Vaccine operations Central Provinces 1868-1885 - 1868-1885
Year: 1868
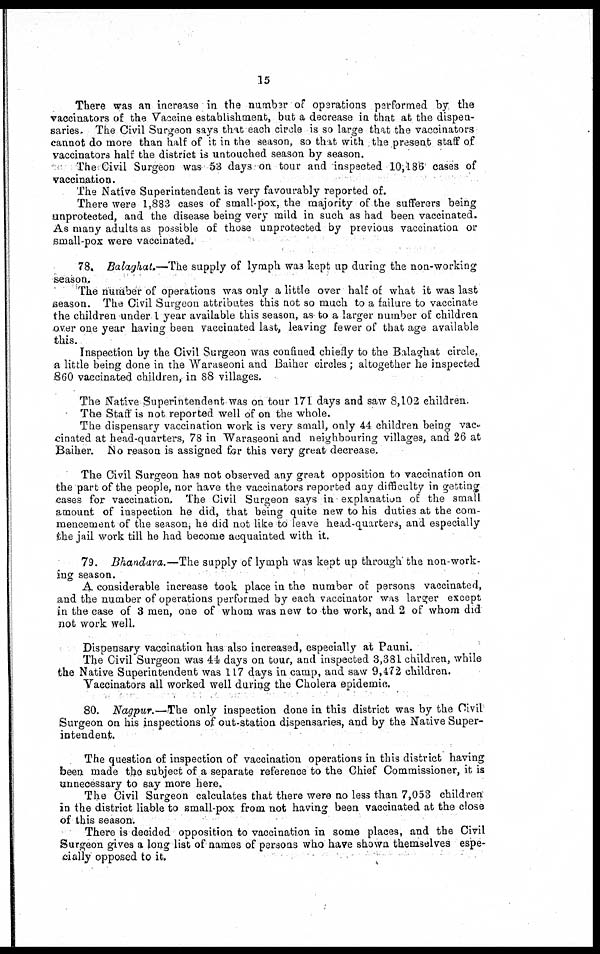
15
There was an increase in the number of operations performed by the
vaccinators of the Vaccine establishment, but a decrease in that at the dispen-
saries. The Civil Surgeon says that each circle is so large that the vaccinators
cannot do more than half of it in the season, so that with the present staff of
vaccinators half the district is untouched season by season.
The Civil Surgeon was 53 days on tour and inspected 10,186 cases of
vaccination.
The Native Superintendent is very favourably reported of.
There were 1,883 cases of small-pox, the majority of the sufferers being
unprotected, and the disease being very mild in such as had been vaccinated.
As many adults as possible of those unprotected by previous vaccination or
small-pox were vaccinated.
78. Balaghat.—The supply of lymph was kept up during the non-working
season.
The number of operations was only a little over half of what it was last
season. The Civil Surgeon attributes this not so much to a failure to vaccinate
the children under 1 year available this season, as to a larger number of children
over one year having been vaccinated last, leaving fewer of that age available
this.
Inspection by the Civil Surgeon was confined chiefly to the Balaghat circle,
a little being done in the Waraseoni and Baiher circles ; altogether he inspected
860 vaccinated children, in 88 villages,
The Native Superintendent was on tour 171 days and saw 8,102 children.
The Staff is not reported well of on the whole.
The dispensary vaccination work is very small, only 44 children being vac-
cinated at head-quarters, 78 in Waraseoni and neighbouring villages, and 26 at
Baiher. No reason is assigned for this very great decrease.
The Civil Surgeon has not observed any great opposition to vaccination on
the part of the people, nor have the vaccinators reported any difficulty in getting
cases for vaccination. The Civil Surgeon says in explanation of the small
amount of inspection he did, that being quite new to his duties at the com-
mencement of the season, he did not like to leave head-quarters, and especially
the jail work till he had become acquainted with it.
79. Bhandara.—The supply of lymph was kept up through the non-work-
ing season.
A considerable increase took place in the number of persons vaccinated,
and the number of operations performed by each vaccinator was larger except
in the case of 3 men, one of whom was new to the work, and 2 of whom did
not work well.
Dispensary vaccination has also increased, especially at Pauni.
The Civil Surgeon was 44 days on tour, and inspected 3,381 children, while
the Native Superintendent was 117 days in camp, and saw 9,472 children.
Vaccinators all worked well during the Cholera epidemic.
80. Nagpur.—The only inspection done in this district was by the Civil
Surgeon on his inspections of out-station dispensaries, and by the Native Super-
intendent.
The question of inspection of vaccination operations in this district having
been made the subject of a separate reference to the Chief Commissioner, it is
unnecessary to say more here.
The Civil Surgeon calculates that there were no less than 7,053 children
in the district liable to small-pox from not having been vaccinated at the close
of this season.
There is decided opposition to vaccination in some places, and the Civil
Surgeon gives a long list of names of persons who have shown themselves espe-
cially opposed to it.